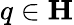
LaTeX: q\in\mathbf H